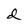
Character: d